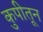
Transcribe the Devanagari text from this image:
कुपीतून